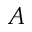
A